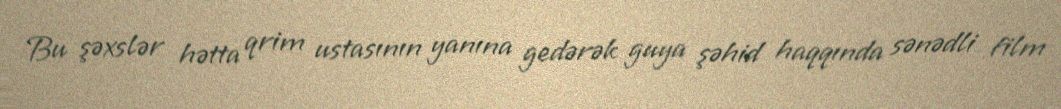
Bu şəxslər hətta qrim ustasının yanına gedərək guya şəhid haqqında sənədli film